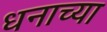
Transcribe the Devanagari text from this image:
धनाच्या